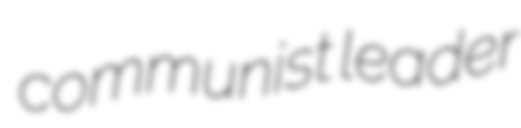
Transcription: communist leader